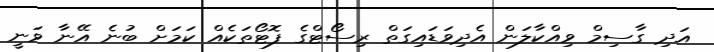
އަދި ގާސިމް ވިއްކާލަން އެދިވަޑައިގަތް ރިސޯޓްގެ ފޮޓޯތަކެއް ކަމަށް ބުނެ އޭނާ ވަނީ